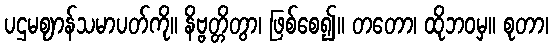
ပဌမဈာန်သမာပတ်ကို။ နိဗ္ဗတ္တိတွာ၊ ဖြစ်စေ၍။ တတော၊ ထိုဘဝမှ။ စုတာ၊